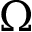
\Omega